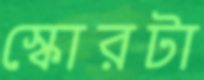
স্কোরটা